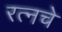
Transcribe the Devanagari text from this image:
रत्‍नचे